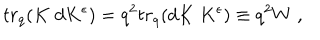
LaTeX: t r _ { q } ( K \; d K ^ { \epsilon } ) = q ^ { 2 } t r _ { q } ( d K \; K ^ { \epsilon } ) \equiv q ^ { 2 } W \; ,